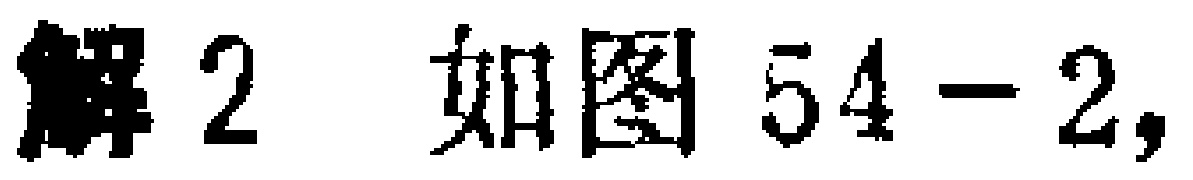
解2 如图54-2,